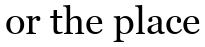
or the place